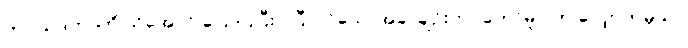
ကပ္ပိယဒကာကို သိအောင် ပြောပြပြီးပါပြီ၊ လိုသောအခါ ချဉ်းကပ်တော်မူပါဟု လျှောက်မှသာ